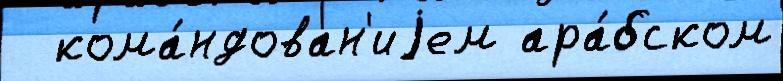
  кома́ндован'иjем ара́бском